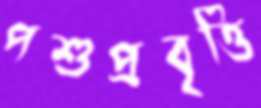
পশুপ্রবৃত্তি